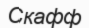
Скафф